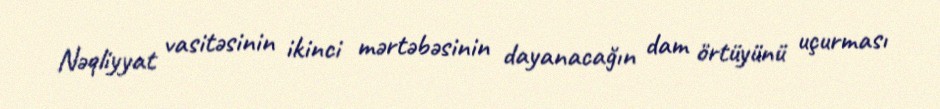
Nəqliyyat vasitəsinin ikinci mərtəbəsinin dayanacağın dam örtüyünü uçurması